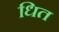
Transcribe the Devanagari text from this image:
धित